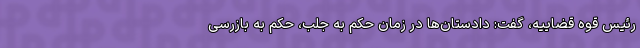
رئیس قوه قضاییه، گفت: دادستان‌ها در زمان حکم به جلب، حکم به بازرسی